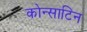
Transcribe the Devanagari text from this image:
कोन्साटिन